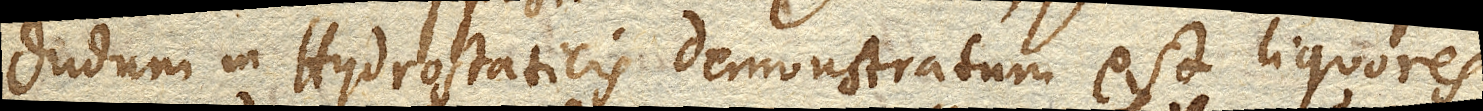
dudum in Hydrostaticis demonstratum est liquores